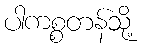
ပါကစ္စတန်သို့